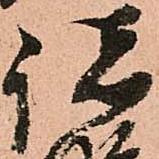
諸